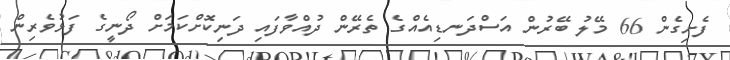
ފެށިގެން 66 މޭލު ބޭރުން އަސްދަނޑިއެއްގެ ތެރޭން ދުއްވާފައި ދަނިކޮށްކަމަށް ދޯނީގެ ފަޅުވެރިން